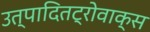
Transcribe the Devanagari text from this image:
उत्पादितट्रोवाक्स